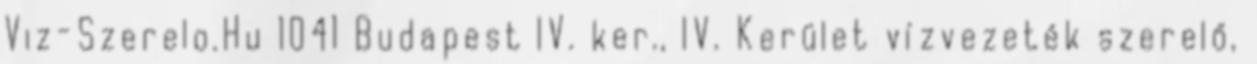
Viz-Szerelo.Hu 1041 Budapest IV. ker., IV. Kerület vízvezeték szerelő,